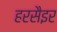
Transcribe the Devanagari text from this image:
हरसैइर